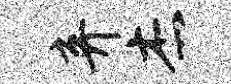
弃杰